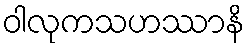
ဝါလုကသဟဿာနိ